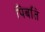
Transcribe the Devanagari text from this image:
पिबति